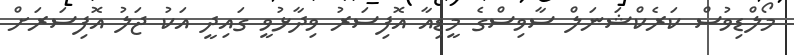
މޯލްޑިވުސް ކަރެކްޝަނަލް ސާވިސްގެ މީޑިއާ އޮފިސަރު ވިދާޅުވީ ގައިދީ އަކު ޖަލު އޮފިސަރަށް